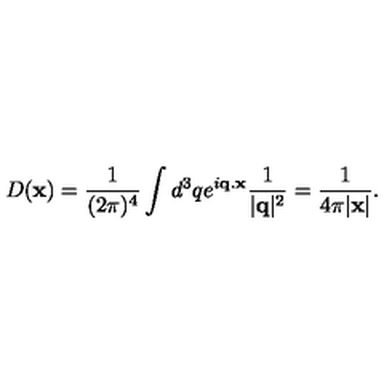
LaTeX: D ( { \bf x } ) = \frac { 1 } { ( 2 \pi ) ^ { 4 } } \int d ^ { 3 } q e ^ { i { \bf q . x } } \frac { 1 } { | { \bf q } | ^ { 2 } } = \frac { 1 } { 4 \pi | { \bf x } | } .